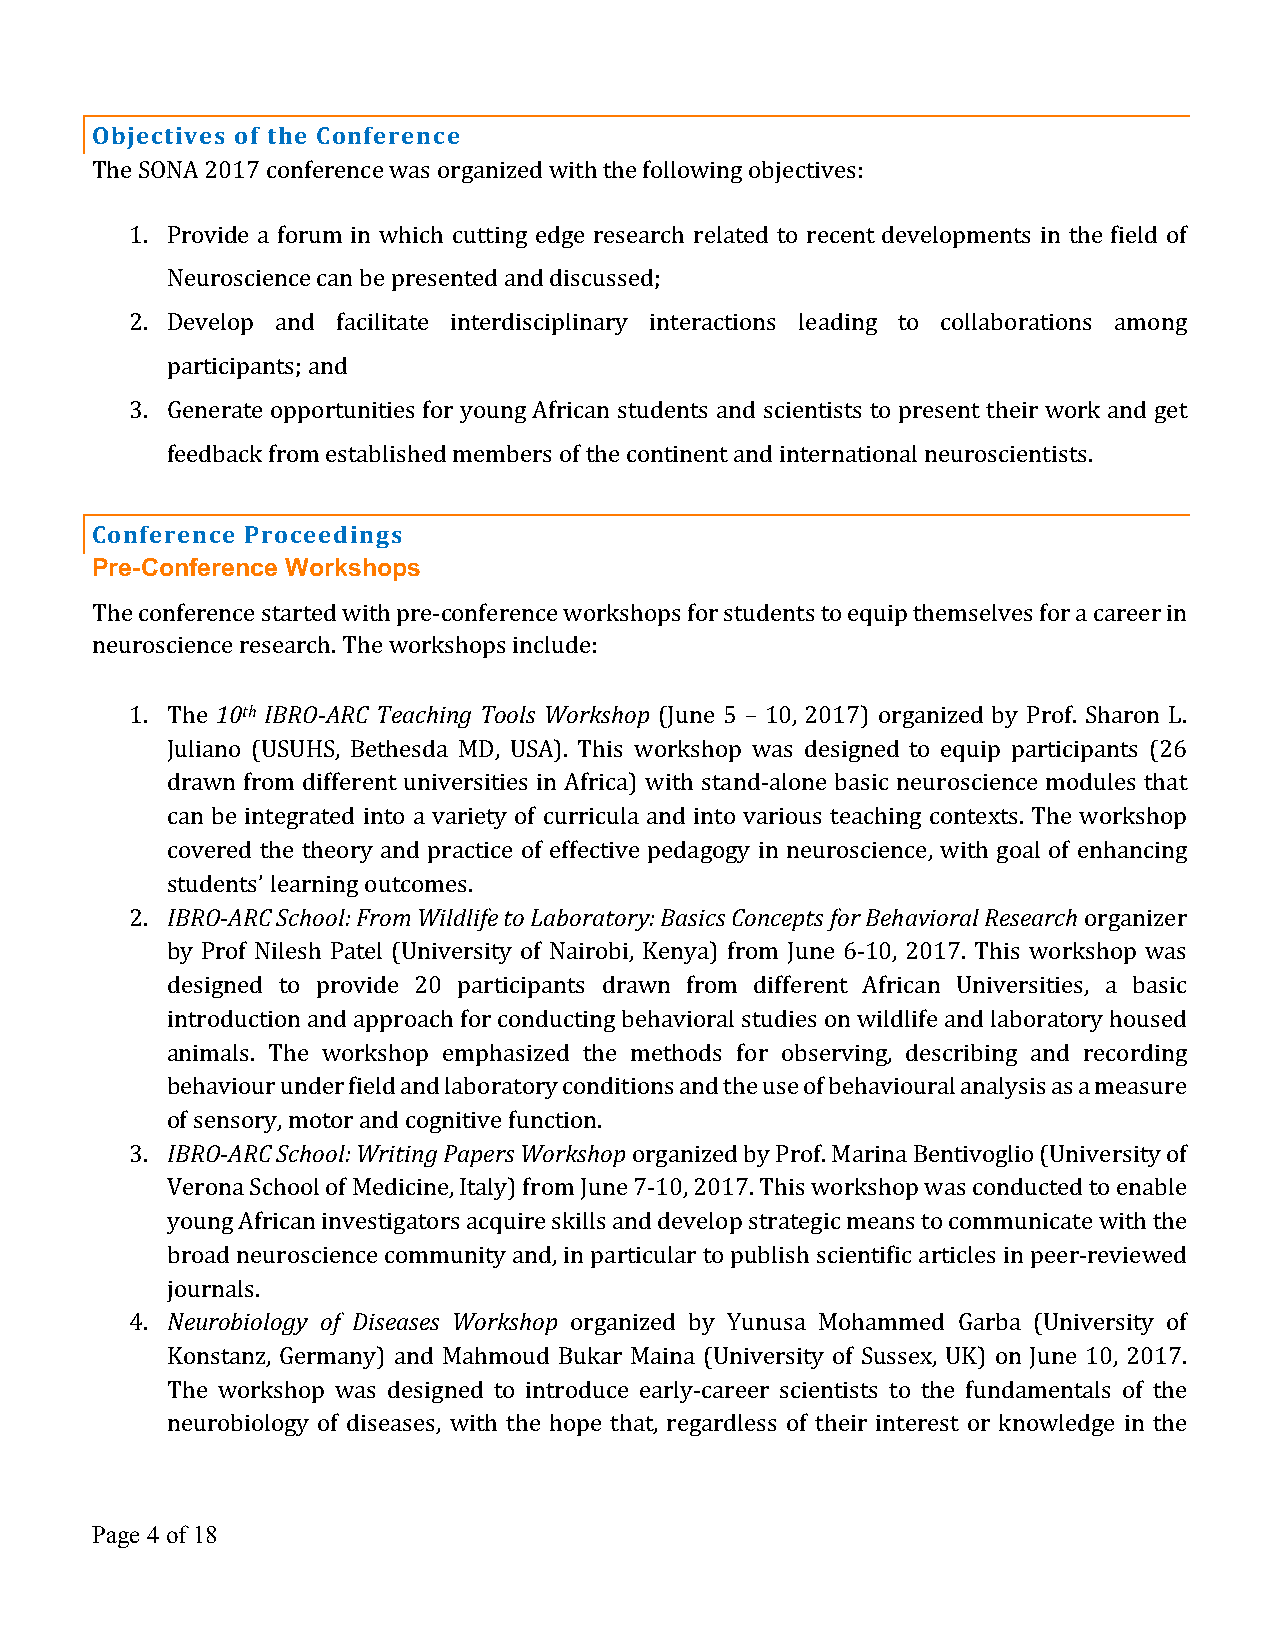
Objectives of the Conference
 The SONA 2017 conference was organized with the following objectives:
 1. Provide a forum in which cutting edge research related to recent developments in the field of
 Neuroscience can be presented and discussed;
 2. Develop and facilitate interdisciplinary interactions leading to collaborations among
 participants; and
 3. Generate opportunities for young African students and scientists to present their work and get
 feedback from established members of the continent and international neuroscientists.
 Conference Proceedings
 Pre-Conference Workshops
 The conference started with pre-conference workshops for students to equip themselves for a career in
 neuroscience research. The workshops include:
 1. The 10th IBRO-ARC Teaching Tools Workshop (June 5 – 10, 2017) organized by Prof. Sharon L.
 Juliano (USUHS, Bethesda MD, USA). This workshop was designed to equip participants (26
 drawn from different universities in Africa) with stand-alone basic neuroscience modules that
 can be integrated into a variety of curricula and into various teaching contexts. The workshop
 covered the theory and practice of effective pedagogy in neuroscience, with goal of enhancing
 students’ learning outcomes.
 2. IBRO-ARC School: From Wildlife to Laboratory: Basics Concepts for Behavioral Research organizer
 by Prof Nilesh Patel (University of Nairobi, Kenya) from June 6-10, 2017. This workshop was
 designed to provide 20 participants drawn from different African Universities, a basic
 introduction and approach for conducting behavioral studies on wildlife and laboratory housed
 animals. The workshop emphasized the methods for observing, describing and recording
 behaviour under field and laboratory conditions and the use of behavioural analysis as a measure
 of sensory, motor and cognitive function.
 3. IBRO-ARC School: Writing Papers Workshop organized by Prof. Marina Bentivoglio (University of
 Verona School of Medicine, Italy) from June 7-10, 2017. This workshop was conducted to enable
 young African investigators acquire skills and develop strategic means to communicate with the
 broad neuroscience community and, in particular to publish scientific articles in peer-reviewed
 journals.
 4. Neurobiology of Diseases Workshop organized by Yunusa Mohammed Garba (University of
 Konstanz, Germany) and Mahmoud Bukar Maina (University of Sussex, UK) on June 10, 2017.
 The workshop was designed to introduce early-career scientists to the fundamentals of the
 neurobiology of diseases, with the hope that, regardless of their interest or knowledge in the
 Page 4 of 18